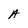
Character: A